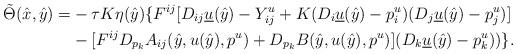
LaTeX: \begin{align*}\tilde \Theta(\hat x, \hat y) = & - \tau K \eta(\hat y) \{F^{ij}[D_{ij}\underline u(\hat y) - Y_{ij}^u + K(D_i\underline u(\hat y) - p^u_i)(D_j\underline u(\hat y) - p^u_j)] \\ & - [F^{ij}D_{p_k}A_{ij}(\hat y, u(\hat y), p^u) + D_{p_k}B(\hat y, u(\hat y), p^u)] (D_k\underline u(\hat y) - p^u_k)) \}. \end{align*}